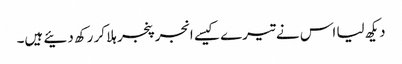
دیکھ لیا اس نے تیرے کیسے انجر پنجر ہلا کر رکھ دئیے ہیں۔